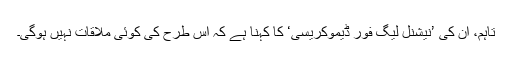
تاہم، اُن کی ’نیشنل لیگ فور ڈیموکریسی‘ کا کہنا ہے کہ اِس طرح کی کوئی ملاقات نہیں ہوگی۔